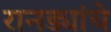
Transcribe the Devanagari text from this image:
रानड्यांचे